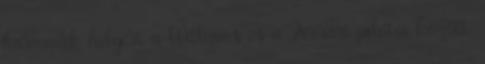
harmadik helyért a Williams és a Ferrari pilótái között.